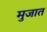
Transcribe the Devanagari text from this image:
मुजात